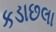
કડાછલા